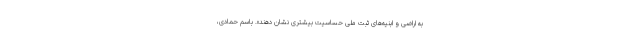
به اراضی و ابنیه‌های ثبت ملی حساسیت بیشتری نشان دهند». باسم حمادی،